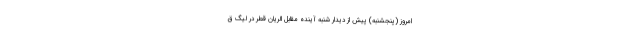
امروز (پنجشنبه) پیش از دیدار شنبه آینده مقابل الریان قطر در لیگ ق